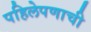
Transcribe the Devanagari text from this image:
पहिलेपणाची